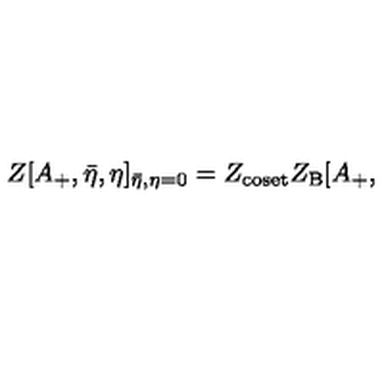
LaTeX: Z [ A _ { + } , { \bar { \eta } } , \eta ] _ { \bar { \eta } , \eta = 0 } = Z _ { \mathrm { c o s e t } } Z _ { \mathrm { B } } [ A _ { + } ,